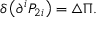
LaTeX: \delta \left( \partial ^ { i } P _ { 2 i } \right) = \triangle \Pi .